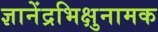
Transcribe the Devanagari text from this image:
ज्ञानेंद्रभिक्षुनामक